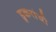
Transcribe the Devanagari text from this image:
डुकरांची